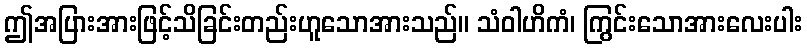
ဤအပြားအားဖြင့်သိခြင်းတည်းဟူသောအားသည်။ သံဝါဟိကံ၊ ကြွင်းသောအားလေးပါး